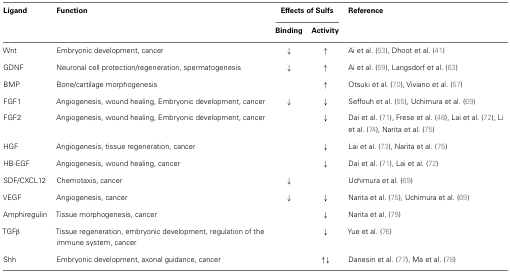
<table><thead><tr><td><b>Ligand</b></td><td><b>Function</b></td><td colspan="2"><b>Effects of Sulfs</b></td><td><b>Reference</b></td></tr><tr><td></td><td></td><td><b>Binding</b></td><td><b>Activity</b></td><td></td></tr></thead><tbody><tr><td>Wnt</td><td>Embryonic development, cancer</td><td>↓</td><td>↑</td><td>Ai et al. (53), Dhoot et al. (41)</td></tr><tr><td>GDNF</td><td>Neuronal cell protection/regeneration, spermatogenesis</td><td>↓</td><td>↑</td><td>Ai et al. (59), Langsdorf et al. (63)</td></tr><tr><td>BMP</td><td>Bone/cartilage morphogenesis</td><td></td><td>↑</td><td>Otsuki et al. (70), Viviano et al. (57)</td></tr><tr><td>FGF1</td><td>Angiogenesis, wound healing, Embryonic development, cancer</td><td>↓</td><td>↓</td><td>Seffouh et al. (55), Uchimura et al. (69)</td></tr><tr><td>FGF2</td><td>Angiogenesis, wound healing, Embryonic development, cancer</td><td></td><td>↓</td><td>Dai et al. (71), Frese et al. (48), Lai et al. (72), Li et al. (74), Narita et al. (75)</td></tr><tr><td>HGF</td><td>Angiogenesis, tissue regeneration, cancer</td><td></td><td>↓</td><td>Lai et al. (73), Narita et al. (75)</td></tr><tr><td>HB-EGF</td><td>Angiogenesis, wound healing, cancer</td><td></td><td>↓</td><td>Dai et al. (71), Lai et al. (72)</td></tr><tr><td>SDF/CXCL12</td><td>Chemotaxis, cancer</td><td>↓</td><td></td><td>Uchimura et al. (69)</td></tr><tr><td>VEGF</td><td>Angiogenesis, cancer</td><td>↓</td><td>↓</td><td>Narita et al. (75), Uchimura et al. (69)</td></tr><tr><td>Amphiregulin</td><td>Tissue morphogenesis, cancer</td><td></td><td>↓</td><td>Narita et al. (79)</td></tr><tr><td>TGFβ</td><td>Tissue regeneration, embryonic development, regulation of the immune system, cancer</td><td></td><td>↓</td><td>Yue et al. (76)</td></tr><tr><td>Shh</td><td>Embryonic development, axonal guidance, cancer</td><td></td><td>↑ ↓</td><td>Danesin et al. (77), Ma et al. (78)</td></tr></tbody></table>